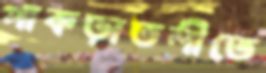
পাকড়াতলীতে